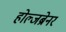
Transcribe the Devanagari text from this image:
होल्जब्रेनर